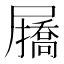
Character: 𭕷